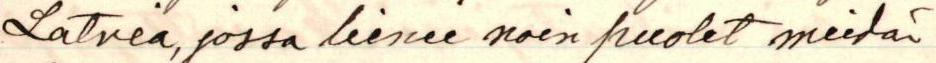
Latvia, jossa lienee noin puolet meidän